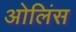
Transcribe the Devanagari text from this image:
ओलिंस